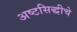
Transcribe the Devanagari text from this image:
अष्टसिद्धीचे